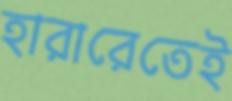
হারারেতেই